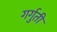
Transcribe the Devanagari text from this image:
गर्गुती